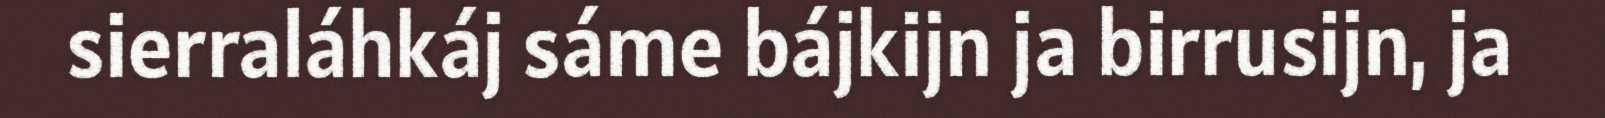
sierraláhkáj sáme bájkijn ja birrusijn, ja